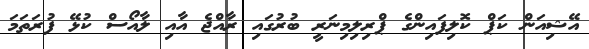
އޭޝިއަން ކަޕް ކޮލިފައިންގެ ޕްރިލިމިނަރީ ބުރުގައި ރާއްޖެ އާއި ލާއޯސް ކުޅޭ ފުރަތަމަ